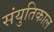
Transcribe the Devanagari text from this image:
संयुतिकाल